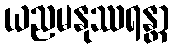
ယညမနုဿရန္တာ